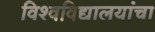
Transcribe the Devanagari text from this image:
विश्वविद्यालयांचा